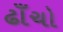
ઢાઁચો